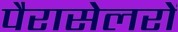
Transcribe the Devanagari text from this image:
पैरासेलरों